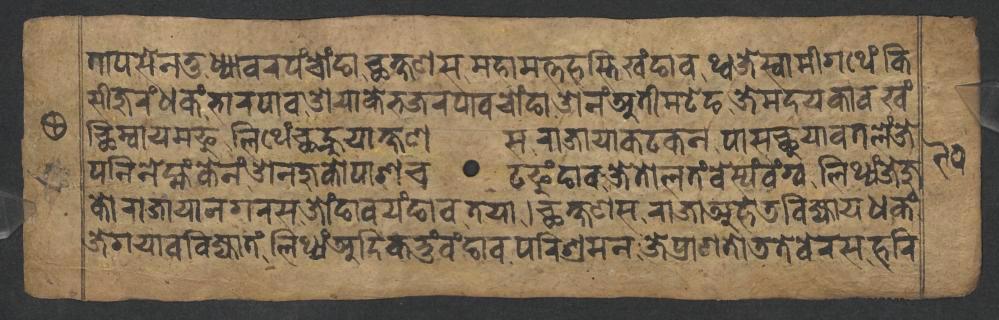
𑐟𑐵𑐥𑐳𑐾𑐣𑐟𑐸𑐢𑑂𑐫𑐵𑐰𑐬𑐥𑑄𑐔𑑀𑑄𑐒𑐵𑐕𑐎𑑂𑐲𑐞𑐳𑐩𑐴𑐵𑐩𑐟𑑂𑐟𑐴𑐳𑑂𑐟𑐶𑐏𑑄𑐒𑐵𑐰𑐠𑑂𑐰𑐖𑐾𑐳𑑂𑐰𑐵𑐩𑐷𑐐𑐠𑐾𑑄𑐎𑐶 𑐳𑐷𑐖𑐸𑐬𑑄𑐢𑐎𑑄𑐨𑐵𑐬𑐥𑐵𑐰𑐌𑐫𑐵𑐎𑐾𑐨𑐖𑐬𑐥𑐵𑐰𑐔𑑀𑑄𑐒𑐵𑐌𑐣𑑄𑐀𑐟𑐷𑐩𑐚𑐾𑐒𑐖𑐾𑐩𑐡𑐫𑐎𑐵𑐰𑐏𑑄 𑐕𑐶𑐩𑑂𑐰𑐵𑐫𑐩𑐦𑐸𑐮𑐶𑐠𑐾𑑄𑐕𑐣𑑂𑐴𑐸𑐫𑐵𑐎𑑂𑐲𑐞𑐳𑐬𑐵𑐖𑐵𑐫𑐵𑐎𑐚𑐎𑐣𑐥𑐵𑐳𑐕𑐸𑐫𑐵𑐰𑐟𑐮𑐾𑑄𑐖𑐾 𑐥𑐣𑐶𑐣𑐾𑐩𑑂𑐴𑑄𑐎𑐾𑐣𑑄𑐌𑐣𑐖𑐸𑐎𑑀𑐥𑐵𑐱𑐔𑐚𑐦𑐸𑑄𑐒𑐵𑐰𑐖𑐾𑐟𑑀𑐮𑐟𑑄𑐧𑐾𑐳𑑂𑐫𑑄𑐰𑑄𑐐𑑂𑐰𑐮𑐶𑐠𑑂𑐫𑑄𑐖𑐾𑐖𑐸 𑐎𑑀𑐬𑐵𑐖𑐵𑐫𑐵𑐣𑐐𑐬𑐳𑐖𑑀𑑄𑐒𑐵𑐰𑐫𑑄𑐒𑐵𑐰𑐟𑐫𑐵𑑋𑐕𑐎𑑂𑐲𑐞𑐳𑐬𑐵𑐖𑐵𑐀𑐴𑐾𑐜𑐧𑐶𑐖𑑂𑐫𑐵𑐫𑐢𑐎𑑄 𑐖𑐾𑐐𑐫𑐵𑐰𑐧𑐶𑐖𑑂𑐫𑐵𑐟𑑄𑐮𑐶𑐠𑑂𑐫𑑄𑐀𑐡𑐶𑐎𑐨𑐸𑑄𑐰𑑄𑐒𑐵𑐰𑐥𑐬𑐶𑐱𑑂𑐬𑐩𑐣𑐖𑐾𑐥𑑂𑐬𑐵𑐞𑐟𑑀𑐜𑐟𑐾𑐧𑐾𑐬𑐳𑐴𑐬𑐶